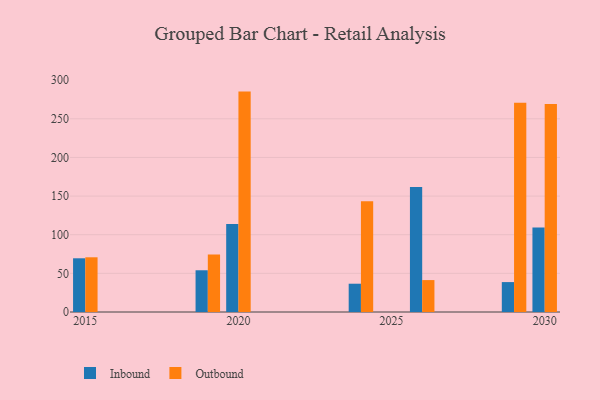
{"axis": {"x": "Year", "y": "Page Views"}, "legend": ["Inbound", "Outbound"], "data": [{"x": "2026", "y": 161.7, "type": "Inbound"}, {"x": "2026", "y": 41.3, "type": "Outbound"}, {"x": "2030", "y": 109.4, "type": "Inbound"}, {"x": "2030", "y": 269.1, "type": "Outbound"}, {"x": "2020", "y": 113.8, "type": "Inbound"}, {"x": "2020", "y": 285.2, "type": "Outbound"}, {"x": "2019", "y": 54.0, "type": "Inbound"}, {"x": "2019", "y": 74.4, "type": "Outbound"}, {"x": "2015", "y": 69.5, "type": "Inbound"}, {"x": "2015", "y": 70.8, "type": "Outbound"}, {"x": "2024", "y": 36.6, "type": "Inbound"}, {"x": "2024", "y": 143.4, "type": "Outbound"}, {"x": "2029", "y": 38.7, "type": "Inbound"}, {"x": "2029", "y": 270.8, "type": "Outbound"}]}